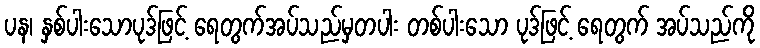
ပန၊ နှစ်ပါးသောပုဒ်ဖြင့် ရေတွက်အပ်သည်မှတပါး တစ်ပါးသော ပုဒ်ဖြင့် ရေတွက် အပ်သည်ကို